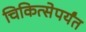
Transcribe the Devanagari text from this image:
चिकित्सेपर्यंत